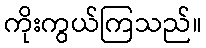
ကိုးကွယ်ကြသည်။